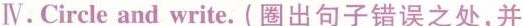
Ⅳ.Circle and write.(圈出句子错误之处,并